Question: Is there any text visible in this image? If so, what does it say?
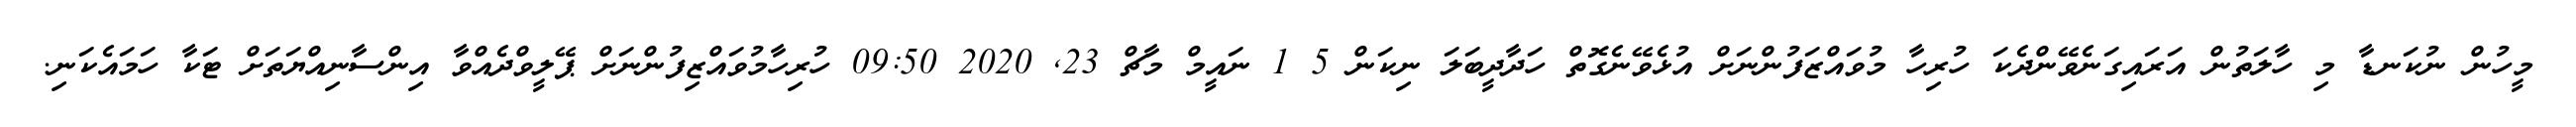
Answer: މީހުން ނުކަނޑާ މި ހާލަތުން އަރައިގަނެވޭންދެކަ ހުރިހާ މުވައްޒަފުންނަށް އުޅެވޭނެގޮތް ހަދާދީބަލަ ނިކަން 5 1 ނައީމް މާޗް 23, 2020 09:50 ހުރިހާމުވައްޒިފުންނަށް ޕޭލީވްދެއްވާ އިންސާނިއްޔަތަށް ޓަކާ ހަމައެކަނި.